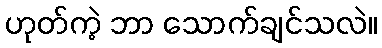
ဟုတ်ကဲ့ ဘာ သောက်ချင်သလဲ။